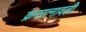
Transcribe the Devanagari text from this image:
क्रमरत्नावली